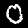
Label: 0